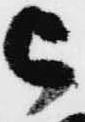
被